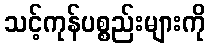
သင့်ကုန်ပစ္စည်းများကို